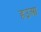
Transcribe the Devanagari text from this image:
हउआ